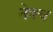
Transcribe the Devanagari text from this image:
नेत्रच